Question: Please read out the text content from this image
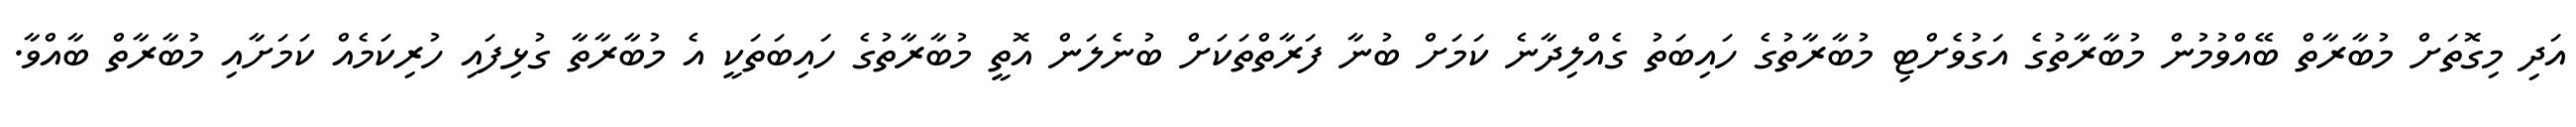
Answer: އަދި މިގޮތަށް މުބާރާތް ބޭއްވުމުން މުބާރާތުގެ އަގުވެށްޓި މުބާރާތުގެ ހައިބަތު ގެއްލިދާނެ ކަމަށް ބުނާ ފަރާތްތަކަށް ބުނެލަން އޮތީ މުބާރާތުގެ ހައިބަތަކީ އެ މުބާރާތާ ގުޅިފައި ހުރިކަމެއް ކަމަށާއި މުބާރާތް ބާއްވާ.